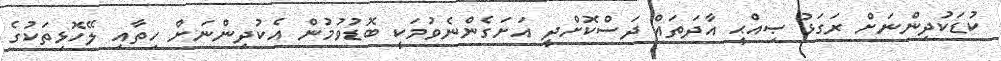
ކުޑަކުދިންނަށް ރަގަޅު ޞިއްޙީ އާދަތައް ދަސްކޮށްދީ އަށަގެންނެވުމަކީ ބޮޑުވުމުން އެކުދިންނަށް ހިތާއި ލޭހޮޅިތަކުގެ